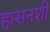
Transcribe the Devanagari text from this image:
हासनशी